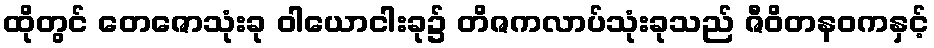
ထိုတွင် တေဇောသုံးခု ဝါယောငါးခု၌ တိဇကလာပ်သုံးခုသည် ဇီဝိတနဝကနှင့်